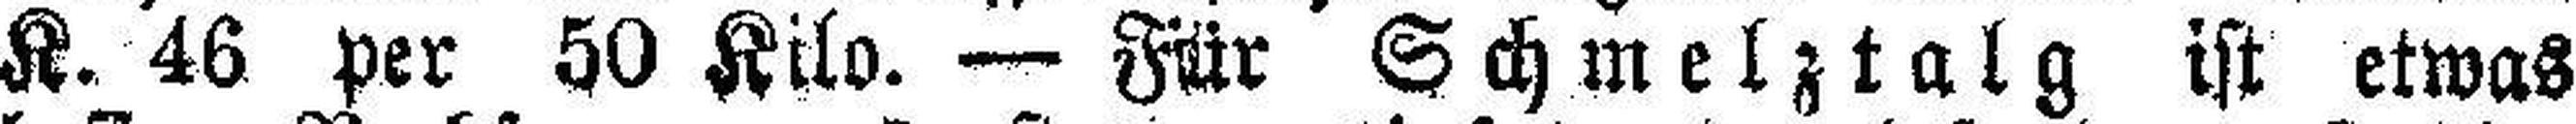
K. 46 per 50 Kilo. — Für Schmelztalg ist etwas